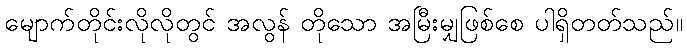
မျောက်တိုင်းလိုလိုတွင် အလွန် တိုသော အမြီးမျှဖြစ်စေ ပါရှိတတ်သည်။